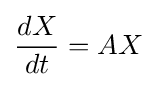
{\frac {dX}{dt}}=AX